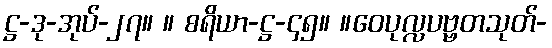
ဋ္ဌ-ဒု-အုပ်-၂၇။ ။ စရိယာ-ဋ္ဌ-၄၅။ ။ဝေပုလ္လပဗ္ဗတသုတ်-